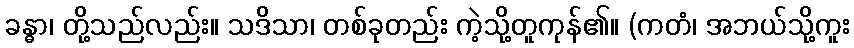
ခန္ဓာ၊ တို့သည်လည်း။ သဒိသာ၊ တစ်ခုတည်း ကဲ့သို့တူကုန်၏။ (ကတံ၊ အဘယ်သို့ကူး